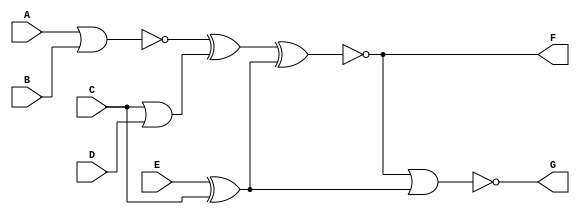
module Circuit2 (A,B,C,D,E,F,G);
//input output
	input A,B,C,D,E ;
	output F,G;
	wire w1,w2,w3;
//gates
	nor G1 (w1,A,B);
	or G2 (w2,C,D);
	xor G3 (w3,E,C);
	xnor G4 (F,w1,w2,w3);
	nor G5 (G,F,w3);
endmodule